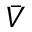
\bar { V }